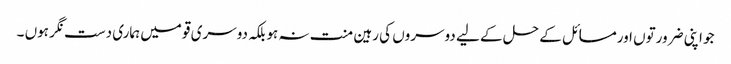
جو اپنی ضرورتوں اورمسائل کے حل کے لیے دوسروں کی رہین منت نہ ہوبلکہ دوسری قومیں ہماری دست نگر ہوں ۔